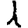
Digit: 1